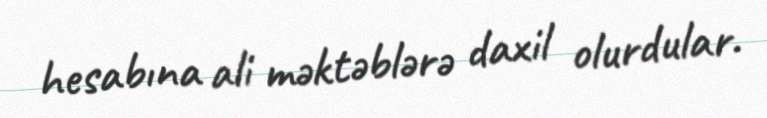
hesabına ali məktəblərə daxil olurdular.